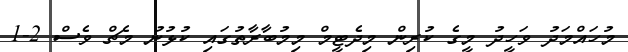
މުހައްމަދު ވަހީދު މީގެ ކުރިން މިދެޓީމް މިމުބާރާތުގައި ކުޅުނު މެޗް ވެސް 2-1